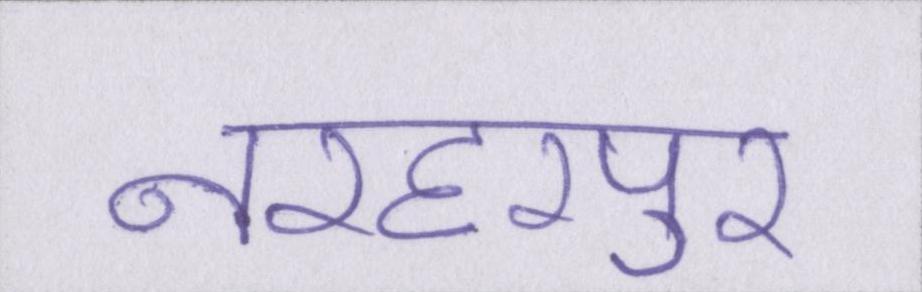
नरहरपुर